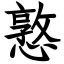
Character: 憝